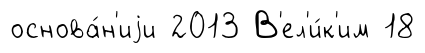
основа́н'иjи 2013 В'ел'и́к'им 18